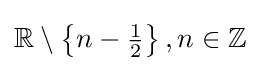
\mathbb {R} \setminus \left\{n-{\tfrac {1}{2}}\right\},n\in \mathbb {Z}